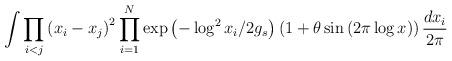
LaTeX: \begin{align*}\int \prod_{i<j}\left( x_{i}-x_{j}\right) ^{2}\prod_{i=1}^{N}\exp \left(-\log ^{2}x_{i}/2g_{s}\right) \left( 1+\theta \sin \left( 2\pi \log x\right)\right) \frac{dx_{i}}{2\pi }\end{align*}